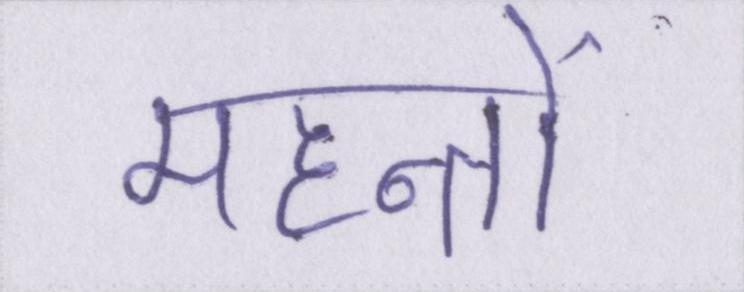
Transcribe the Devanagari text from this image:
महन्तों